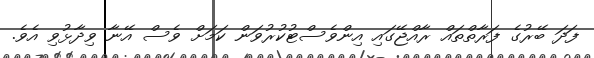
ފަދަ ބޭރުގެ ފަރާތްތައް ރާއްޖޭގައި އިންވެސްޓުކުރުވަން ކަމަށް ވެސް އޭނާ ވިދާޅުވި އެވެ.